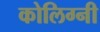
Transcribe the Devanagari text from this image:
कोलिग्नी